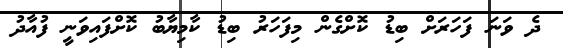
ދެ ވަނަ ފަހަރަށް ބިޑު ކޮށްގެން މިފަހަރު ބިޑު ކާމިޔާބު ކޮށްފައިވަނީ ފުއާދު